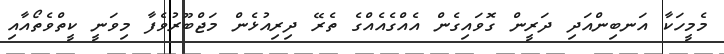
މެމީހަކާ އަނބިންއަދި ދަރީން ގޮވައިގެން އެއްގެއެއްގެ ތެރޭ ދިރިއުޅެން މަޖްބޫރުވެފާ މިވަނީ ކީތްވެތޯއާއި